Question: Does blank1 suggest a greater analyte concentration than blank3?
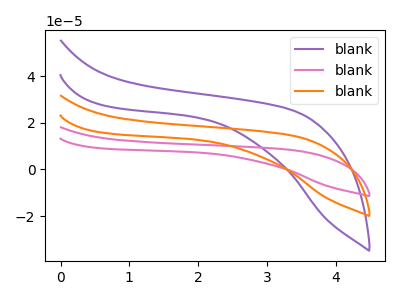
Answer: <think>The purple curve "blank1" has no peaks. The pink curve "blank2" has no peaks. The orange curve "blank3" has no peaks.
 Neither "blank1" or "blank3" have any peaks.</think>
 <answer>I cant tell if "blank1" or "blank3" has more signal.</answer>
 <eval>mixed_signal</eval>